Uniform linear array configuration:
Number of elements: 32
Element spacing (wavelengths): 0.25
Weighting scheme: blackman
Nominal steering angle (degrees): -30
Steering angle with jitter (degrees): -30.745
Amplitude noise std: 0.05
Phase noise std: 0.05

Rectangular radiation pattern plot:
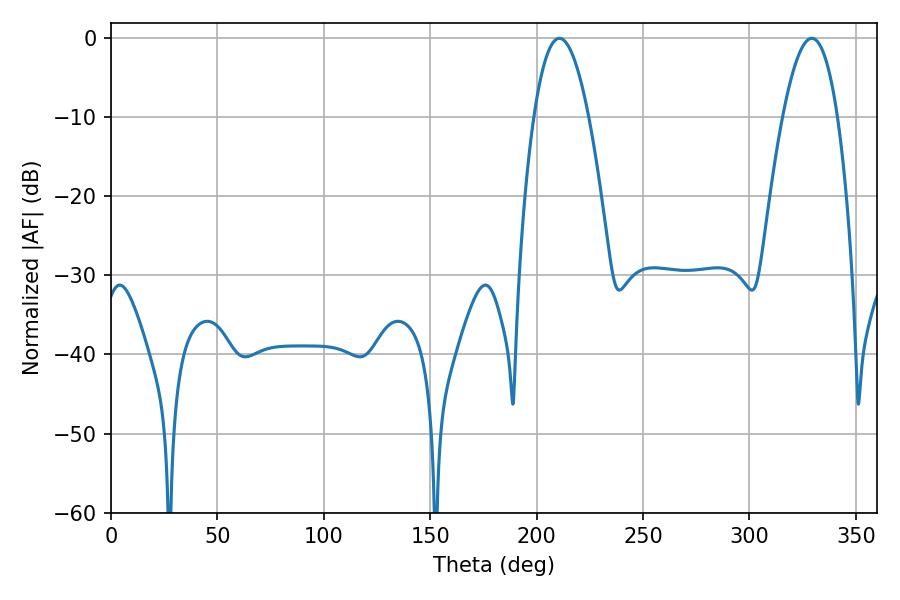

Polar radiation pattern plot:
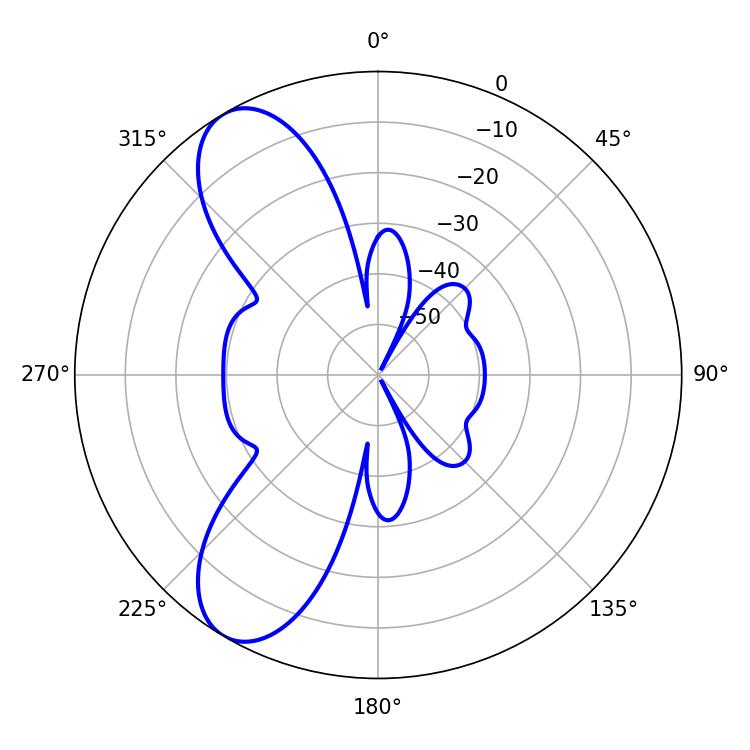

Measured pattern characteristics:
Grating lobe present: FALSE
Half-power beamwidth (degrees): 14.04
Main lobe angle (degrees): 329.22